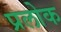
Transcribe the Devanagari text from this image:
प्रलोक